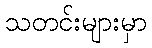
သတင်းများမှာ